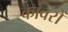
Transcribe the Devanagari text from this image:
कांवरों